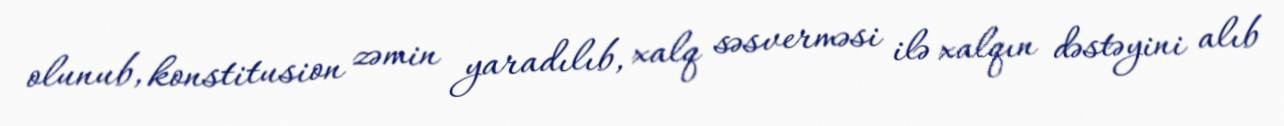
olunub, konstitusion zəmin yaradılıb, xalq səsverməsi ilə xalqın dəstəyini alıb